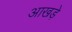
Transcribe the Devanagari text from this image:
आखड़े